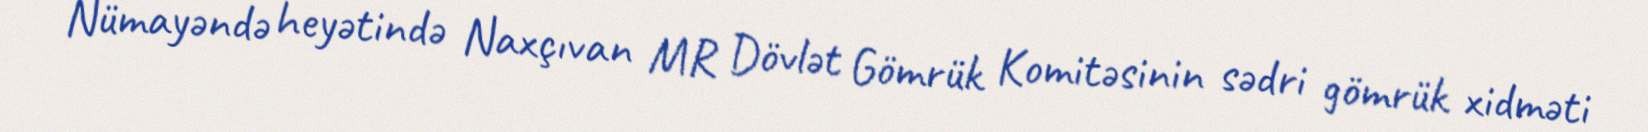
Nümayəndə heyətində Naxçıvan MR Dövlət Gömrük Komitəsinin sədri gömrük xidməti